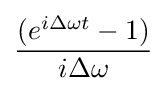
{\frac {(e^{i\Delta \omega t}-1)}{i\Delta \omega }}